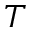
T